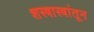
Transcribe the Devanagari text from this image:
शस्त्रास्त्रांतून